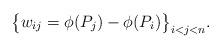
LaTeX: \begin{align*}\big\{w_{ij} =\phi(P_j)-\phi(P_i)\big\}_{i < j < n}.\end{align*}